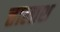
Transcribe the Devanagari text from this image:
त्तालाश